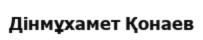
Дінмұхамет Қонаев